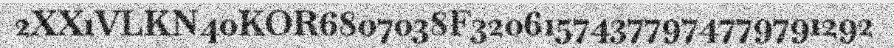
2XX1VLKN40KOR6807038F32061574377974779791292